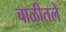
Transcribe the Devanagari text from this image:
चाळीतले